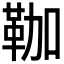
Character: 𩊏